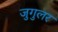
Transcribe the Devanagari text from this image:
जुगुलर